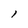
Character: l